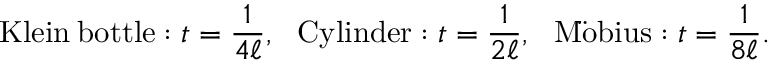
\mathrm { K l e i n \: b o t t l e } : t = \frac { 1 } { 4 \ell } , ~ ~ \mathrm { C y l i n d e r } : t = \frac { 1 } { 2 \ell } , ~ ~ \mathrm { M \ddot { o } b i u s } : t = \frac { 1 } { 8 \ell } .